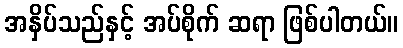
အနှိပ်သည်နှင့် အပ်စိုက် ဆရာ ဖြစ်ပါတယ်။